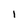
Character: l